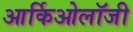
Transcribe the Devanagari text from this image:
आर्किओलॉजी